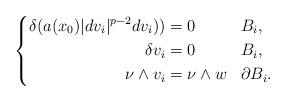
LaTeX: \begin{align*}\left\lbrace \begin{aligned}\delta ( a(x_{0}) \lvert dv_{i} \rvert^{p-2} dv_{i}) ) &= 0 && B_{i},\\\delta v_{i} &= 0 && B_{i}, \\\nu\wedge v_{i} &= \nu\wedge w && \partial B_{i}. \end{aligned} \right. \end{align*}